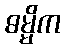
ဓမ္မိက